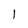
Character: l